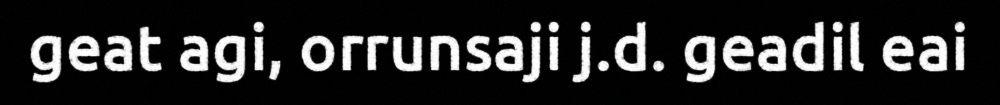
geat agi, orrunsaji j.d. geadil eai